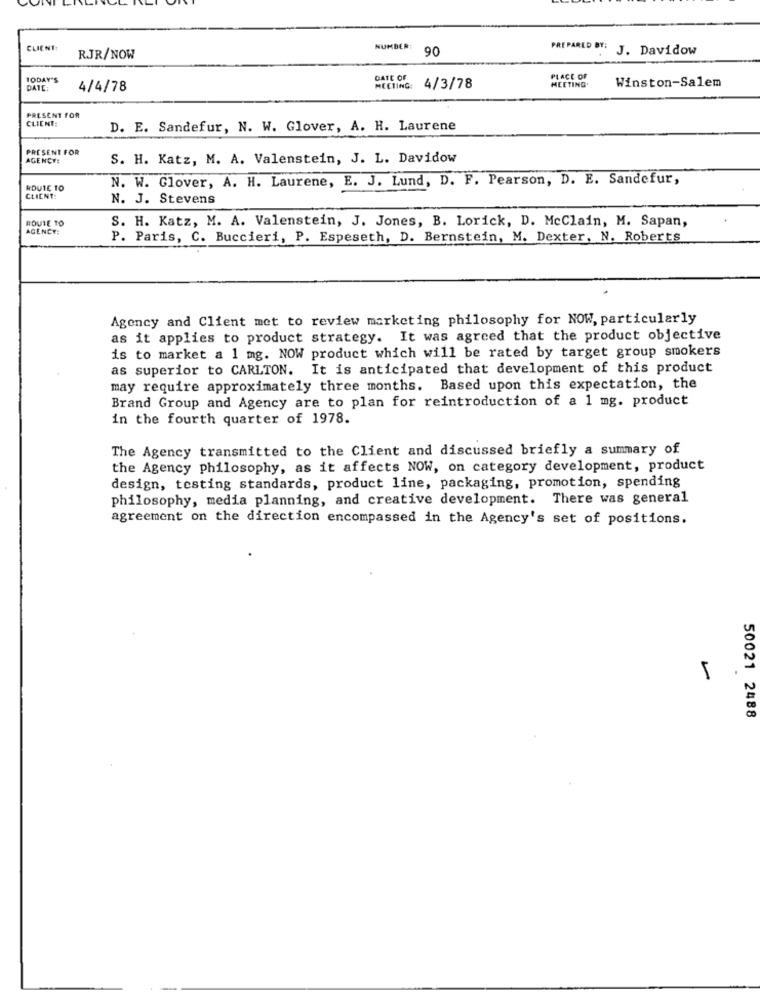
CLIENT:
NUMBER:
90
PREPARED BY:
J. Davidow
RJR/NOW
TODAY'S
DATE OF
MEETING.
PLACE OF
Winston-Salem
DATE:
4/4/78
MEETING:
4/3/78
PRESENT FOR
CLIENT:
D. E. Sandefur, N. W. Glover, A. H. Laurene
PRESENT FOR
AGENCY:
S. H. Katz, M. A. Valenstein, J. L. Davidow
N. W. Glover, A. H. Laurene, E. J. Lund, D. F. Pearson, D. E. Sandefur,
ROUTE TO
CLIENT:
N. J. Stevens
ROUTE TO
S. H. Katz, M. A. Valenstein, J. Jones, B. Lorick, D. McClain, M. Sapan,
AGENCY:
P. Paris, C. Buccieri, P. Espeseth, D. Bernstein, M. Dexter, N. Roberts
Agency and Client met to review marketing philosophy for NOW, particularly
as it applies to product strategy. It was agreed that the product objective
is to market a 1 mg. NOW product which will be rated by target group smokers
as superior to CARLTON. It is anticipated that development of this product
may require approximately three months. Based upon this expectation, the
Brand Group and Agency are to plan for reintroduction of a 1 mg. product
in the fourth quarter of 1978.
The Agency transmitted to the Client and discussed briefly a summary of
the Agency philosophy, as it affects NOW, on category development, product
design, testing standards, product line, packaging, promotion, spending
philosophy, media planning, and creative development. There was general
agreement on the direction encompassed in the Agency's set of positions.
5
50021 2488